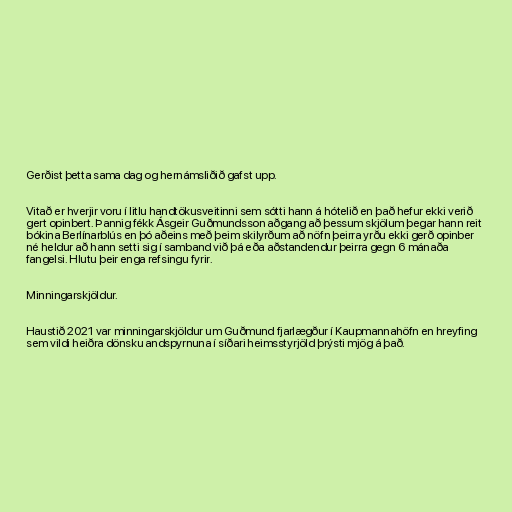
Gerðist þetta sama dag og hernámsliðið gafst upp.

Vitað er hverjir voru í litlu handtökusveitinni sem sótti hann á hótelið en það hefur ekki verið
gert opinbert. Þannig fékk Ásgeir Guðmundsson aðgang að þessum skjölum þegar hann reit
bókina Berlínarblús en þó aðeins með þeim skilyrðum að nöfn þeirra yrðu ekki gerð opinber
né heldur að hann setti sig í samband við þá eða aðstandendur þeirra gegn 6 mánaða
fangelsi. Hlutu þeir enga refsingu fyrir.

Minningarskjöldur.

Haustið 2021 var minningarskjöldur um Guðmund fjarlægður í Kaupmannahöfn en hreyfing
sem vildi heiðra dönsku andspyrnuna í síðari heimsstyrjöld þrýsti mjög á það.